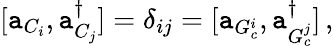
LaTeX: [\mathtt{a}_{C_{i}},\mathtt{a}_{C_{j}}^{\dagger}]=\delta_{ij}=[\mathtt{a}_{G_{c}^{i}},\mathtt{a}_{G_{c}^{j}}^{\dagger}]\, ,